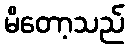
မိတော့သည်